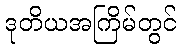
ဒုတိယအကြိမ်တွင်